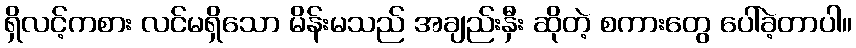
ရှိလင့်ကစား လင်မရှိသော မိန်းမသည် အချည်းနှီး ဆိုတဲ့ စကားတွေ ပေါ်ခဲ့တာပါ။